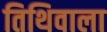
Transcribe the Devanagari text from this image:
तिथिवाला